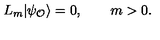
L _ { m } | \psi _ { \cal O } \rangle = 0 , \qquad m > 0 .